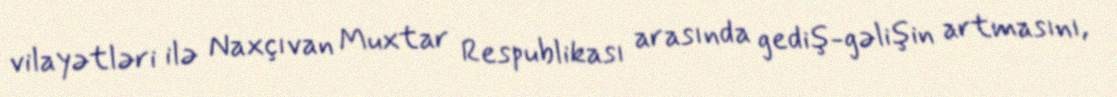
vilayətləri ilə Naxçıvan Muxtar Respublikası arasında gediş-gəlişin artmasını,